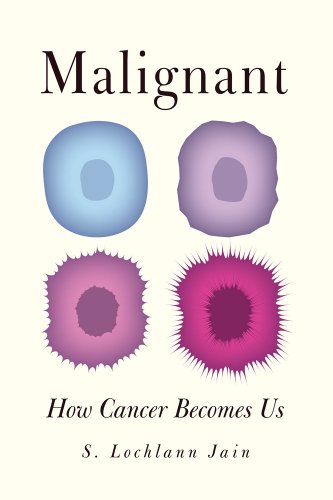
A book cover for Malignant: How Cancer Becomes Us; S. Lochlann Jain; Medical Books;